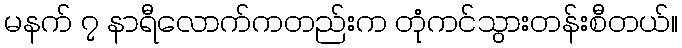
မနက် ၇ နာရီလောက်ကတည်းက တုံကင်သွားတန်းစီတယ်။